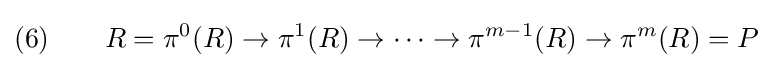
(6)\qquad R=\pi ^{0}(R)\to \pi ^{1}(R)\to \cdots \to \pi ^{m-1}(R)\to \pi ^{m}(R)=P